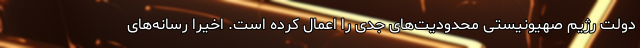
دولت رژیم صهیونیستی محدودیت‌های جدی را اعمال کرده است. اخیرا رسانه‌های